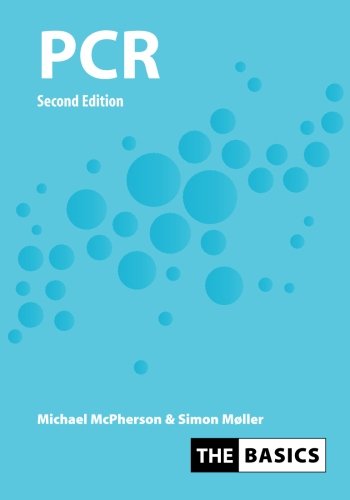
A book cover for PCR (THE BASICS (Garland Science)); M. J. McPherson; Computers & Technology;